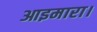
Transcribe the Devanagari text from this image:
आइमारा।